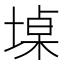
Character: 𮰨